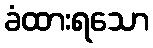
ခံထားရသော